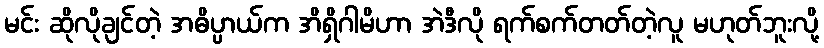
မင်း ဆိုလိုချင်တဲ့ အဓိပ္ပာယ်က အိရှိဂါမိဟာ အဲဒီလို ရက်စက်တတ်တဲ့လူ မဟုတ်ဘူးလို့